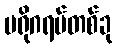
ပရိုဂရမ်တစ်ခု